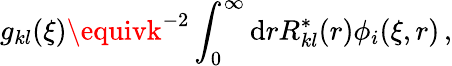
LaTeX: g_{kl}(\xi)\equivk^{-2}\int_{0}^{\infty}\mathrm{d}rR_{kl}^{*}(r)\phi_{i}(\xi,r)\, ,